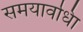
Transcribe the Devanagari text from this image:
समयावधिा